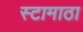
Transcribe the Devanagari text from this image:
स्टामाठा